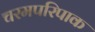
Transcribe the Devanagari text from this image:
चरमपरिपाक